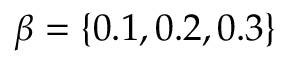
\beta = \{ 0 . 1 , 0 . 2 , 0 . 3 \}